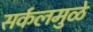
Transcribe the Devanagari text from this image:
सर्कलमुळे